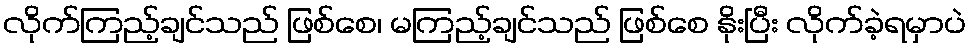
လိုက်ကြည့်ချင်သည် ဖြစ်စေ၊ မကြည့်ချင်သည် ဖြစ်စေ နိုးပြီး လိုက်ခဲ့ရမှာပဲ